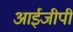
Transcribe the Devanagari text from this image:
आईजीपी